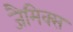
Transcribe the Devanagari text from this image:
जैमिक्स